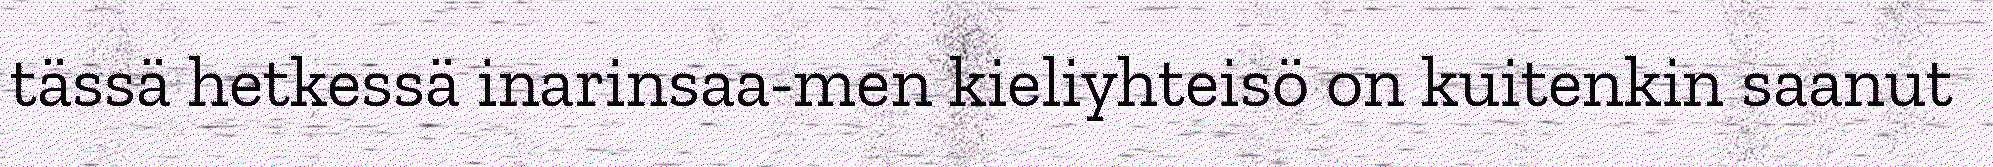
tässä hetkessä inarinsaa-men kieliyhteisö on kuitenkin saanut